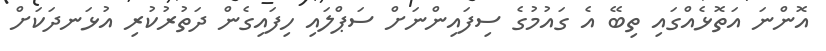
އޮންނަ އަތޮޅެއްގައި ތިބޭ އެ ގައުމުގެ ސިފައިންނަށް ސަޕްލައި ހިފައިގެން ދަތުރުކުރި އުޅަނދަކަށް